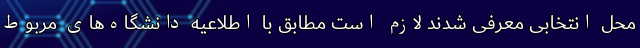
محل انتخابی معرفی شدند لازم است مطابق با اطلاعیه دانشگاه‌های مربوط